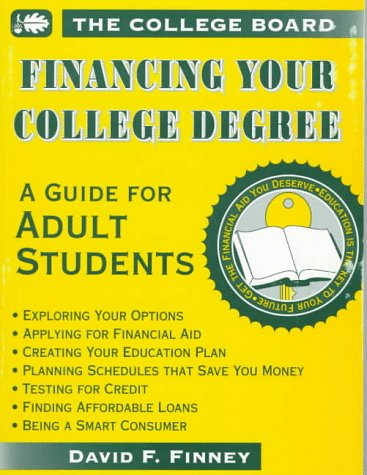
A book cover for Financing Your College Degree: A Guide for Adult Students; David F. Finney; Business & Money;